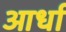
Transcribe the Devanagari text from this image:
आर्धा